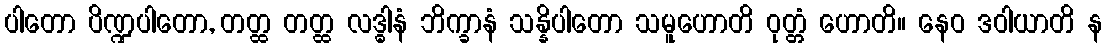
ပါတော ပိဏ္ဍပါတော, တတ္ထ တတ္ထ လဒ္ဓါနံ ဘိက္ခာနံ သန္နိပါတော သမူဟောတိ ဝုတ္တံ ဟောတိ။ နေဝ ဒဝါယာတိ န